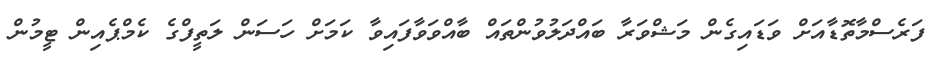
ފަރެސްމާތޮޑާއަށް ވަޑައިގެން މަޝްވަރާ ބައްދަލުވުންތައް ބާއްވަވާފައިވާ ކަމަށް ހަސަން ލަތީފްގެ ކެމްޕެއިން ޓީމުން